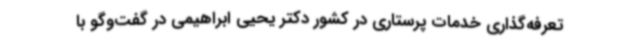
تعرفه‌گذاری خدمات پرستاری در کشور دکتر یحیی ابراهیمی در گفت‌وگو با